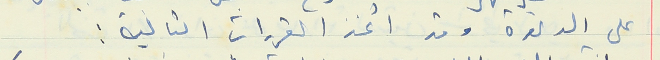
على الدعوة وقد اتخذ القرارات التالية :